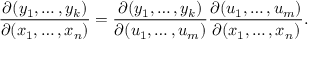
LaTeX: { \frac { \partial ( y _ { 1 } , \ldots , y _ { k } ) } { \partial ( x _ { 1 } , \ldots , x _ { n } ) } } = { \frac { \partial ( y _ { 1 } , \ldots , y _ { k } ) } { \partial ( u _ { 1 } , \ldots , u _ { m } ) } } { \frac { \partial ( u _ { 1 } , \ldots , u _ { m } ) } { \partial ( x _ { 1 } , \ldots , x _ { n } ) } } .